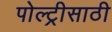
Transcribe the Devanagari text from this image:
पोल्ट्रीसाठी